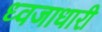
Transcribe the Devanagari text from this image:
ध्‍वजाधारी